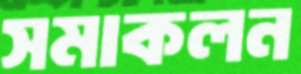
সমাকলন